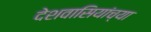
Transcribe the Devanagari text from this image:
देशवासियांच्या